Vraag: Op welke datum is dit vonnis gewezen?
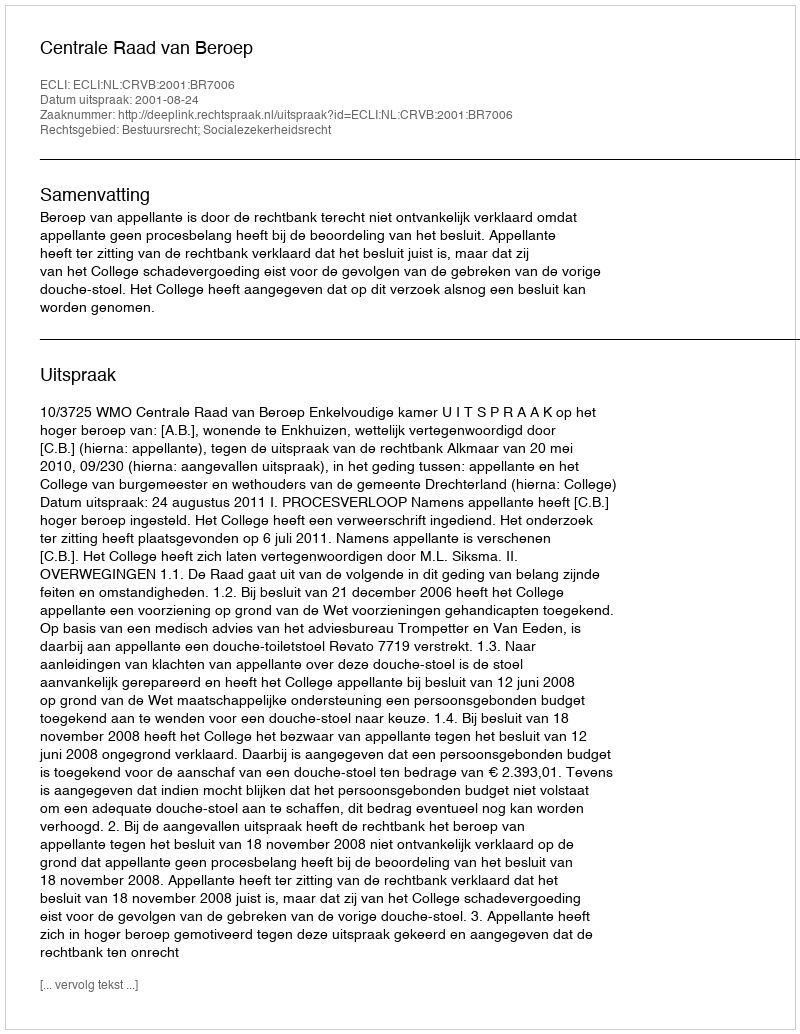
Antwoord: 2001-08-24